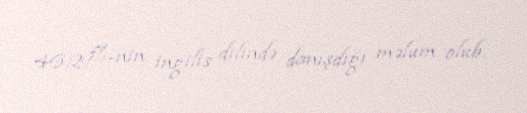
46,29%-nin ingilis dilində danışdığı məlum olub.